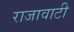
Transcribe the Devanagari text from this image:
राजावाटी